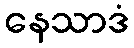
နေသာဒံ